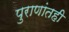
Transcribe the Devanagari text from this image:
पुराणांतही